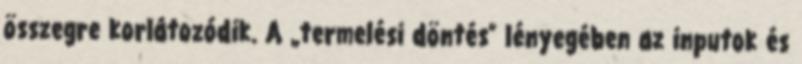
összegre korlátozódik. A „termelési döntés” lényegében az inputok és